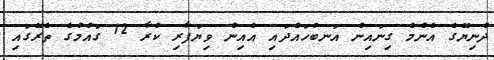
ދުނިޔޭގެ އެންމެ ގިނައިން އަނބުހައްދައި އެއިން ވިޔަފާރި ކުރާ 12 ގައުމުގެ ތެރޭގައި